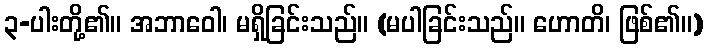
၃-ပါးတို့၏။ အဘာဝေါ၊ မရှိခြင်းသည်။ (မပါခြင်းသည်။ ဟောတိ၊ ဖြစ်၏။)